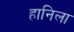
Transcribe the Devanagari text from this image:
हानिला